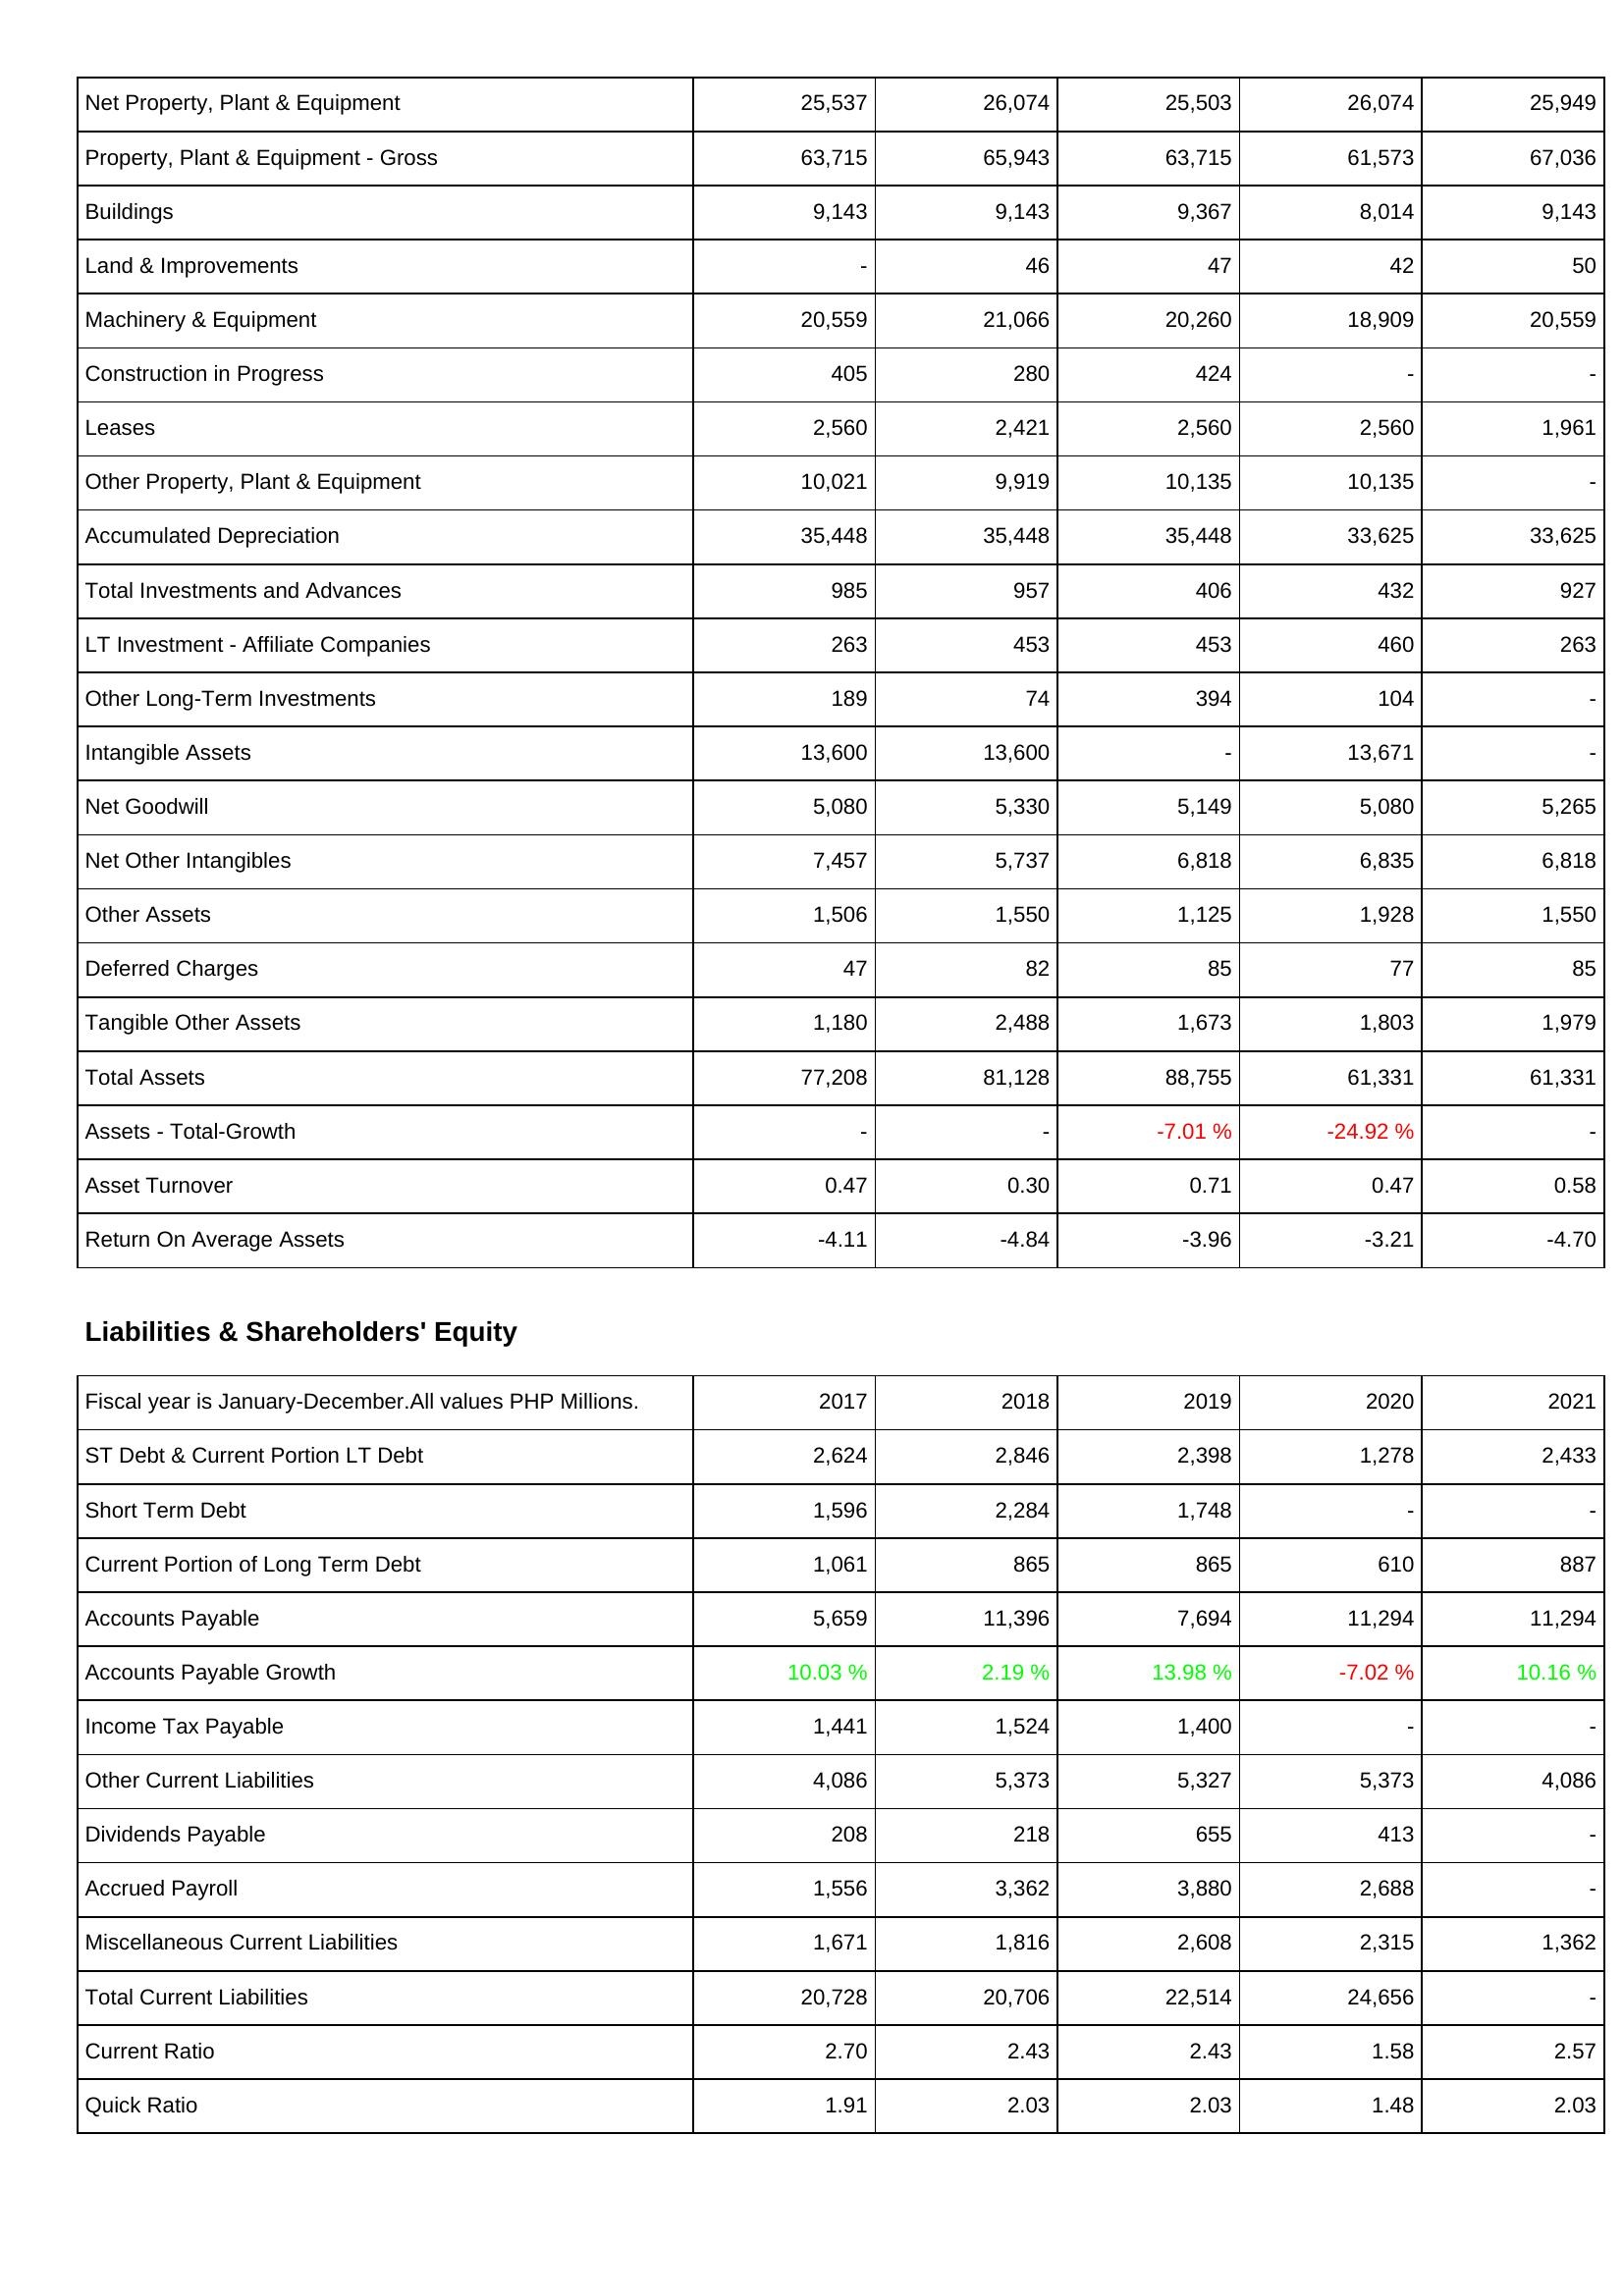
2017: Assets: Net Property, Plant & Equipment: 25,537
Property, Plant & Equipment - Gross: 63,715
Buildings: 9,143
Land & Improvements: -
Machinery & Equipment: 20,559
Construction in Progress: 405
Leases: 2,560
Other Property, Plant & Equipment: 10,021
Accumulated Depreciation: 35,448
Total Investments and Advances: 985
LT Investment - Affiliate Companies: 263
Other Long-Term Investments: 189
Intangible Assets: 13,600
Net Goodwill: 5,080
Net Other Intangibles: 7,457
Other Assets: 1,506
Deferred Charges: 47
Tangible Other Assets: 1,180
Total Assets: 77,208
Assets - Total-Growth: -
Asset Turnover: 0.47
Return On Average Assets: -4.11
Liabilities & Shareholders' Equity: ST Debt & Current Portion LT Debt: 2,624
Short Term Debt: 1,596
Current Portion of Long Term Debt: 1,061
Accounts Payable: 5,659
Accounts Payable Growth: 10.03 %
Income Tax Payable: 1,441
Other Current Liabilities: 4,086
Dividends Payable: 208
Accrued Payroll: 1,556
Miscellaneous Current Liabilities: 1,671
Total Current Liabilities: 20,728
Current Ratio: 2.70
Quick Ratio: 1.91
2018: Assets: Net Property, Plant & Equipment: 26,074
Property, Plant & Equipment - Gross: 65,943
Buildings: 9,143
Land & Improvements: 46
Machinery & Equipment: 21,066
Construction in Progress: 280
Leases: 2,421
Other Property, Plant & Equipment: 9,919
Accumulated Depreciation: 35,448
Total Investments and Advances: 957
LT Investment - Affiliate Companies: 453
Other Long-Term Investments: 74
Intangible Assets: 13,600
Net Goodwill: 5,330
Net Other Intangibles: 5,737
Other Assets: 1,550
Deferred Charges: 82
Tangible Other Assets: 2,488
Total Assets: 81,128
Assets - Total-Growth: -
Asset Turnover: 0.30
Return On Average Assets: -4.84
Liabilities & Shareholders' Equity: ST Debt & Current Portion LT Debt: 2,846
Short Term Debt: 2,284
Current Portion of Long Term Debt: 865
Accounts Payable: 11,396
Accounts Payable Growth: 2.19 %
Income Tax Payable: 1,524
Other Current Liabilities: 5,373
Dividends Payable: 218
Accrued Payroll: 3,362
Miscellaneous Current Liabilities: 1,816
Total Current Liabilities: 20,706
Current Ratio: 2.43
Quick Ratio: 2.03
2019: Assets: Net Property, Plant & Equipment: 25,503
Property, Plant & Equipment - Gross: 63,715
Buildings: 9,367
Land & Improvements: 47
Machinery & Equipment: 20,260
Construction in Progress: 424
Leases: 2,560
Other Property, Plant & Equipment: 10,135
Accumulated Depreciation: 35,448
Total Investments and Advances: 406
LT Investment - Affiliate Companies: 453
Other Long-Term Investments: 394
Intangible Assets: -
Net Goodwill: 5,149
Net Other Intangibles: 6,818
Other Assets: 1,125
Deferred Charges: 85
Tangible Other Assets: 1,673
Total Assets: 88,755
Assets - Total-Growth: -7.01 %
Asset Turnover: 0.71
Return On Average Assets: -3.96
Liabilities & Shareholders' Equity: ST Debt & Current Portion LT Debt: 2,398
Short Term Debt: 1,748
Current Portion of Long Term Debt: 865
Accounts Payable: 7,694
Accounts Payable Growth: 13.98 %
Income Tax Payable: 1,400
Other Current Liabilities: 5,327
Dividends Payable: 655
Accrued Payroll: 3,880
Miscellaneous Current Liabilities: 2,608
Total Current Liabilities: 22,514
Current Ratio: 2.43
Quick Ratio: 2.03
2020: Assets: Net Property, Plant & Equipment: 26,074
Property, Plant & Equipment - Gross: 61,573
Buildings: 8,014
Land & Improvements: 42
Machinery & Equipment: 18,909
Construction in Progress: -
Leases: 2,560
Other Property, Plant & Equipment: 10,135
Accumulated Depreciation: 33,625
Total Investments and Advances: 432
LT Investment - Affiliate Companies: 460
Other Long-Term Investments: 104
Intangible Assets: 13,671
Net Goodwill: 5,080
Net Other Intangibles: 6,835
Other Assets: 1,928
Deferred Charges: 77
Tangible Other Assets: 1,803
Total Assets: 61,331
Assets - Total-Growth: -24.92 %
Asset Turnover: 0.47
Return On Average Assets: -3.21
Liabilities & Shareholders' Equity: ST Debt & Current Portion LT Debt: 1,278
Short Term Debt: -
Current Portion of Long Term Debt: 610
Accounts Payable: 11,294
Accounts Payable Growth: -7.02 %
Income Tax Payable: -
Other Current Liabilities: 5,373
Dividends Payable: 413
Accrued Payroll: 2,688
Miscellaneous Current Liabilities: 2,315
Total Current Liabilities: 24,656
Current Ratio: 1.58
Quick Ratio: 1.48
2021: Assets: Net Property, Plant & Equipment: 25,949
Property, Plant & Equipment - Gross: 67,036
Buildings: 9,143
Land & Improvements: 50
Machinery & Equipment: 20,559
Construction in Progress: -
Leases: 1,961
Other Property, Plant & Equipment: -
Accumulated Depreciation: 33,625
Total Investments and Advances: 927
LT Investment - Affiliate Companies: 263
Other Long-Term Investments: -
Intangible Assets: -
Net Goodwill: 5,265
Net Other Intangibles: 6,818
Other Assets: 1,550
Deferred Charges: 85
Tangible Other Assets: 1,979
Total Assets: 61,331
Assets - Total-Growth: -
Asset Turnover: 0.58
Return On Average Assets: -4.70
Liabilities & Shareholders' Equity: ST Debt & Current Portion LT Debt: 2,433
Short Term Debt: -
Current Portion of Long Term Debt: 887
Accounts Payable: 11,294
Accounts Payable Growth: 10.16 %
Income Tax Payable: -
Other Current Liabilities: 4,086
Dividends Payable: -
Accrued Payroll: -
Miscellaneous Current Liabilities: 1,362
Total Current Liabilities: -
Current Ratio: 2.57
Quick Ratio: 2.03